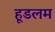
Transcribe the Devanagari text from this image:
हूडलम